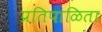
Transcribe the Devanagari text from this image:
प्रतिपाळिता